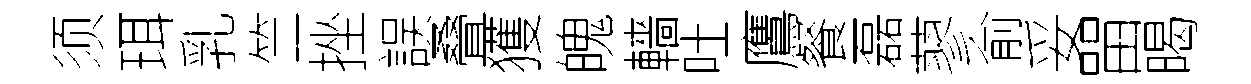
须珥乳竺挫誤叠獲魄轖吐鷹餐磊蓼俞妥㽞暍